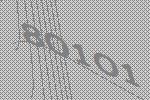
80101